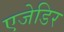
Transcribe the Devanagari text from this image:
एजेडिर